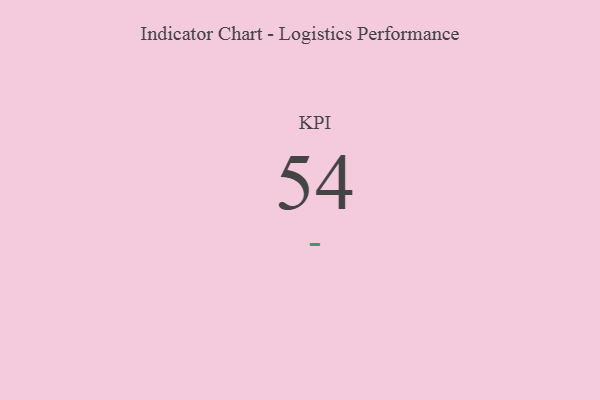
{"axis": {"x": "KPI", "y": "Value"}, "legend": [""], "data": [{"x": "KPI", "y": 54, "type": ""}]}